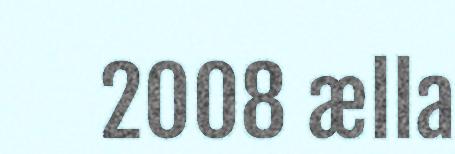
2008 ælla